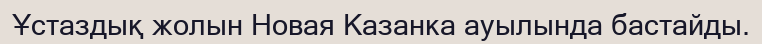
Ұстаздық жолын Новая Казанка ауылында бастайды.